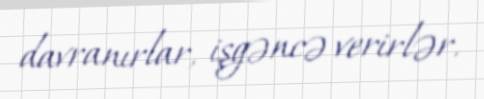
davranırlar, işgəncə verirlər.